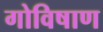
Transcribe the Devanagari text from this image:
गोविषाण